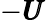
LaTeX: -{\pmb U}